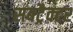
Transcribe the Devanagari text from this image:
सबट्रैक्टर